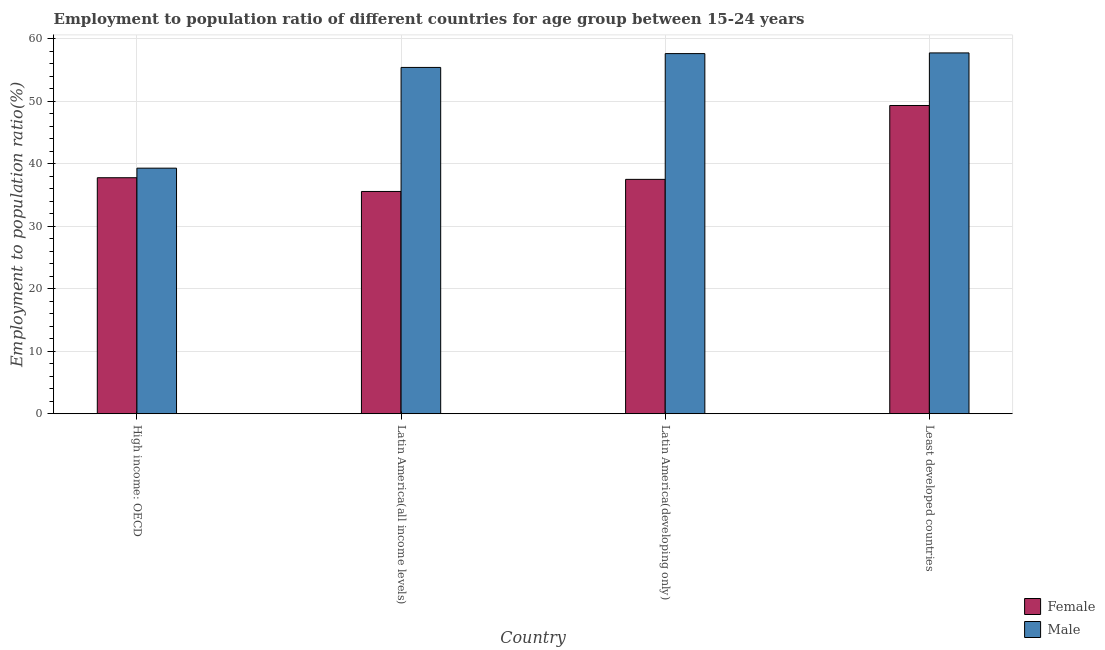
| Country | Female | Male |
 | --- | --- | --- |
 | High income: OECD | 37.8 | 39.3 |
 | Latin America(all income levels) | 35.6 | 55.4 |
 | Latin America(developing only) | 37.5 | 57.7 |
 | Least developed countries | 49.3 | 57.8 |